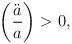
LaTeX: \begin{align*}\left(\ddot a \over a\right) > 0,\end{align*}